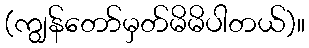
(ကျွန်တော်မှတ်မိမိပါတယ်)။